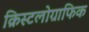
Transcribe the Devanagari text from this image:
क्रिस्टलोग्राफिक